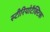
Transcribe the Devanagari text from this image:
स्टीरियोटैक्टिक